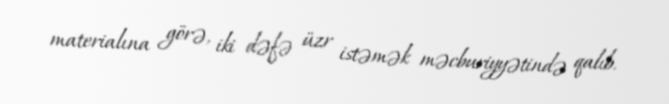
materialına görə, iki dəfə üzr istəmək məcburiyyətində qalıb.